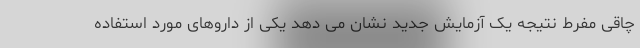
چاقی مفرط نتیجه یک آزمایش جدید نشان می دهد یکی از داروهای مورد استفاده